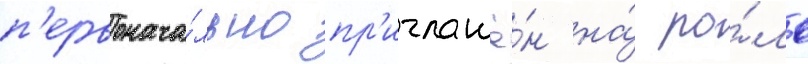
п'ервонача́льно пр'иглашё́н на́ ро́ль